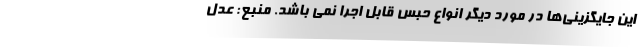
این جایگزینی‌ها در مورد دیگر انواع حبس قابل اجرا نمی باشد. منبع: عدل